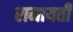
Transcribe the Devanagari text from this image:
रामायती